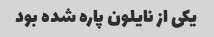
یکی از نایلون پاره شده بود